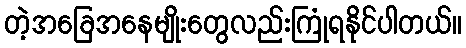
တဲ့အခြေအနေမျိုးတွေလည်းကြုံရနိုင်ပါတယ်။